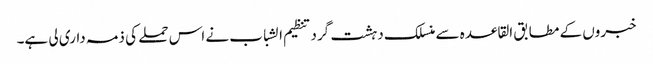
خبروں کے مطابق القاعدہ سے منسلک دہشت گرد تنظیم الشباب نے اس حملے کی ذمہ داری لی ہے۔